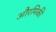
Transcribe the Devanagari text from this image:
औरमिकी